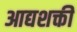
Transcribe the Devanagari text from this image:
आद्यशक्ती